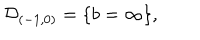
{ \cal D } _ { ( - 1 , 0 ) } = \{ b = \infty \} ,